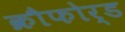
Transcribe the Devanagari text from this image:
क्रौफोर्ड